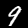
Label: 9